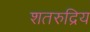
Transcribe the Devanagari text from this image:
शतरुद्रिय